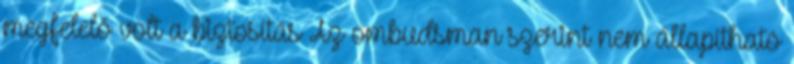
megfelelő volt a biztosítás Az ombudsman szerint nem állapítható